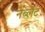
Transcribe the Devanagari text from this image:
नेब्लेट